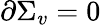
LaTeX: \partial\Sigma_{v}=0